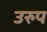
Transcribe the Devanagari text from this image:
उरुप